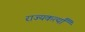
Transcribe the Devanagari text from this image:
राज्यकर्त्यां